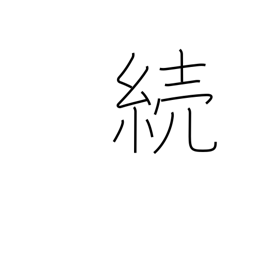
Meaning: sequel